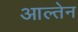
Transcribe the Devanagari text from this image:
आल्तेन